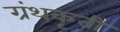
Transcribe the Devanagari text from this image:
ग्रंथकृती